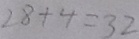
2 8 + 4 = 3 2